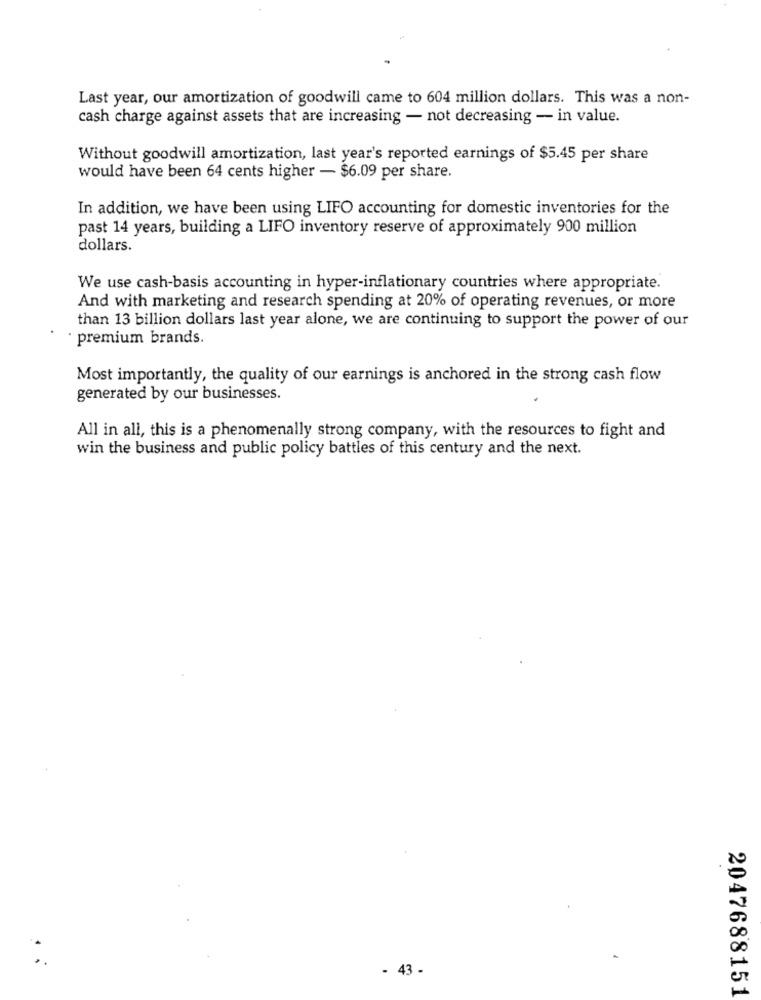
Last year, our amortization of goodwill came to 604 million dollars. This was a non-
cash charge against assets that are increasing - not decreasing - in value.
Without goodwill amortization, last year's reported earnings of $5.45 per share
would have been 64 cents higher - $6.09 per share.
In addition, we have been using LIFO accounting for domestic inventories for the
past 14 years, building a LIFO inventory reserve of approximately 900 million
dollars.
We use cash-basis accounting in hyper-inflationary countries where appropriate.
And with marketing and research spending at 20% of operating revenues, or more
than 13 billion dollars last year alone, we are continuing to support the power of our
premium brands.
Most importantly, the quality of our earnings is anchored in the strong cash flow
generated by our businesses.
All in all, this is a phenomenally strong company, with the resources to fight and
win the business and public policy battles of this century and the next.
- 43 -
2047688151